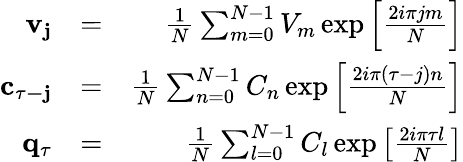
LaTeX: \begin{array}{rlr}{\mathbf{v_{j}}}&{=}&{\frac{1}{N}\sum_{m=0}^{N-1}{V_{m}}\exp\left[\frac{2i\pi jm}{N}\right]}\\ {\mathbf{c_{\tau-j}}}&{=}&{\frac{1}{N}\sum_{n=0}^{N-1}{C_{n}}\exp\left[\frac{2i\pi(\tau-j)n}{N}\right]}\\ {\mathbf{q_{\tau}}}&{=}&{\frac{1}{N}\sum_{l=0}^{N-1}{C_{l}}\exp\left[\frac{2i\pi\tau l}{N}\right]}\end{array}